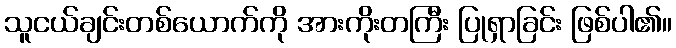
သူငယ်ချင်းတစ်ယောက်ကို အားကိုးတကြီး ပြုရှာခြင်း ဖြစ်ပါ၏။